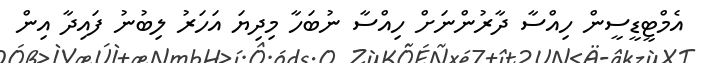
އެމްޓީޑީސީން ހިއްސާ ދާރުންނަށް ހިއްސާ ނުބަހާ މިދިޔަ އަހަރު ލިބުނު ފައިދާ އިން